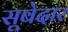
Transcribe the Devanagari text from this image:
सूबेदार